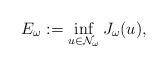
LaTeX: \begin{align*}E_{\omega}:=\inf_{u\in\mathcal{N}_{\omega}}J_{\omega}(u),\end{align*}